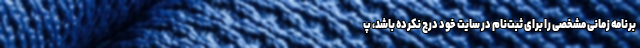
برنامه ‌زمانی مشخصی را برای ثبت‌نام در سایت خود درج نکرده باشد، پ